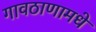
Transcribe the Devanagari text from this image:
गावठाणामधे